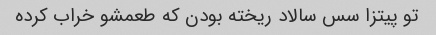
تو پیتزا سس سالاد ریخته بودن که طعمشو خراب کرده